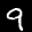
Label: 9